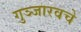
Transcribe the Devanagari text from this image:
गुञ्जारवचे